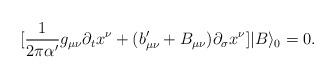
LaTeX: \begin{align*}[\frac{1}{2\pi\alpha^\prime}g_{\mu\nu }\partial_tx^\nu+(b^\prime_{\mu\nu }+B_{\mu\nu })\partial_\sigma x^\nu ]|B\rangle_0=0.\end{align*}